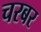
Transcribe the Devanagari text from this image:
चरबर